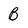
Character: B